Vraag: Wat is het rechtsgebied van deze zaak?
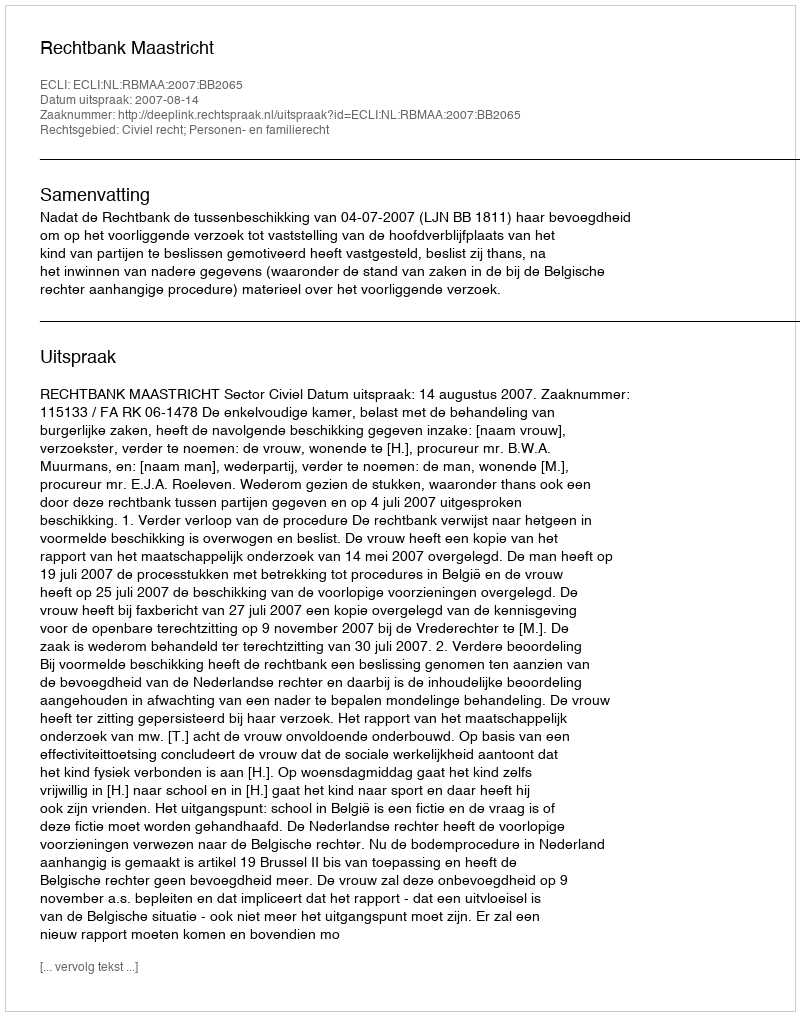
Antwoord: Civiel recht; Personen- en familierecht